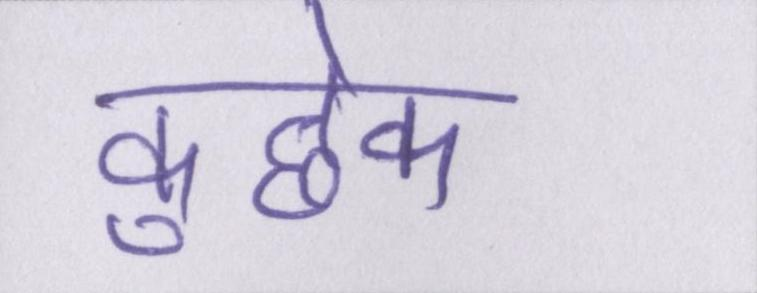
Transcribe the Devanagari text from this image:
कुछेक